Burma Government Medical School reports 1923-41
Year: 1923
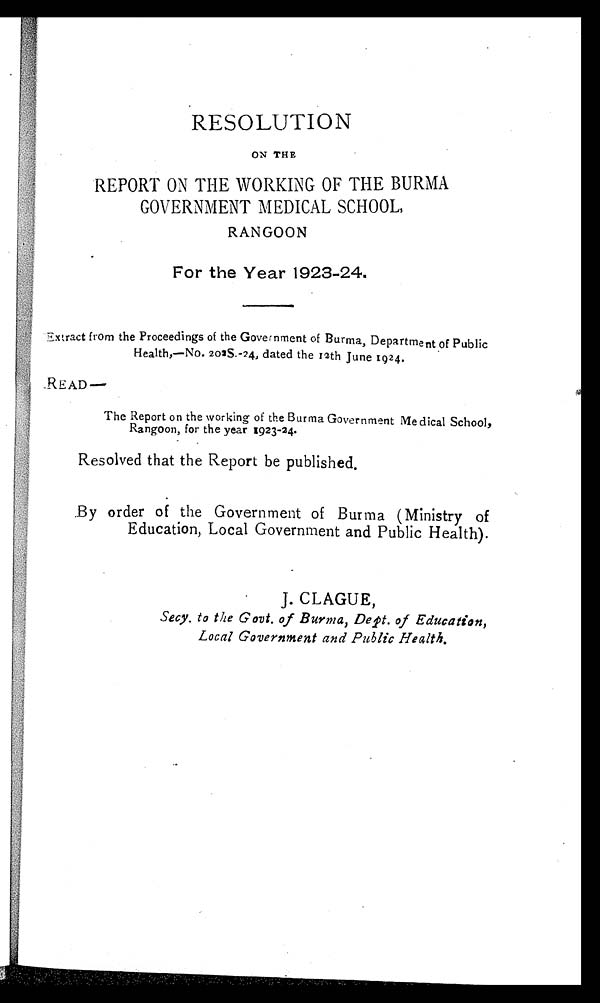
RESOLUTION
ON THE
REPORT ON THE WORKING OF THE BURMA
GOVERNMENT MEDICAL SCHOOL,
RANGOON
For the Year 1923-24.
Extract from the Proceedings of the Government of Burma, Department of Public
Health,—No. 202 S.-24, dated the 12th June 1924.
READ—
The Report on the working of the Burma Government Medical School,
Rangoon, for the year 1923-24.
Resolved that the Report be published.
By order of the Government of Burma (Ministry of
Education, Local Government and Public Health).
J. CLAGUE,
Secy. to the Govt. of Burma, Dept. of Education ,
Local Government and Public Health.